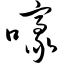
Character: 嚎